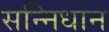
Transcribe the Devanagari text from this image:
सन्निधान